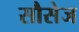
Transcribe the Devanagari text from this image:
सौसेज